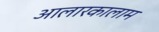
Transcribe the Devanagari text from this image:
आलारकालाम